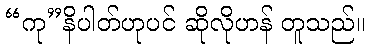
“ကု”နိပါတ်ဟုပင် ဆိုလိုဟန် တူသည်။